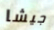
جيشا